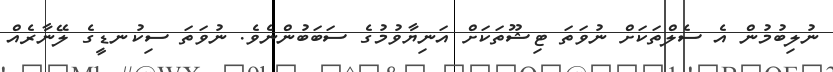
ނުލިބުމުން އެ ސެލްތަކަށް ނުވަތަ ޓިޝޫތަކަށް އަނިޔާވުމުގެ ސަބަބުންނެވެ. ނުވަތަ ސިކުނޑީގެ ލޭނާރެއް